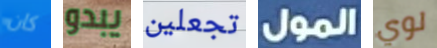
كان يبدو تجعلين المول لوي